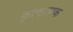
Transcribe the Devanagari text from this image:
कृत्यात्मक